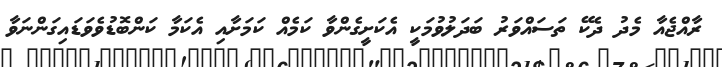
ރާއްޖެއާ މެދު ދެކޭ ތަސައްވަރު ބަދަލުވުމަކީ އެކަށީގެންވާ ކަމެއް ކަމަށާއި އެކަމާ ކަންބޮޑުވެވަޑައިގަންނަވާ